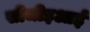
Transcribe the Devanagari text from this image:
सीजीइआई